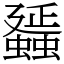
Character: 䗺